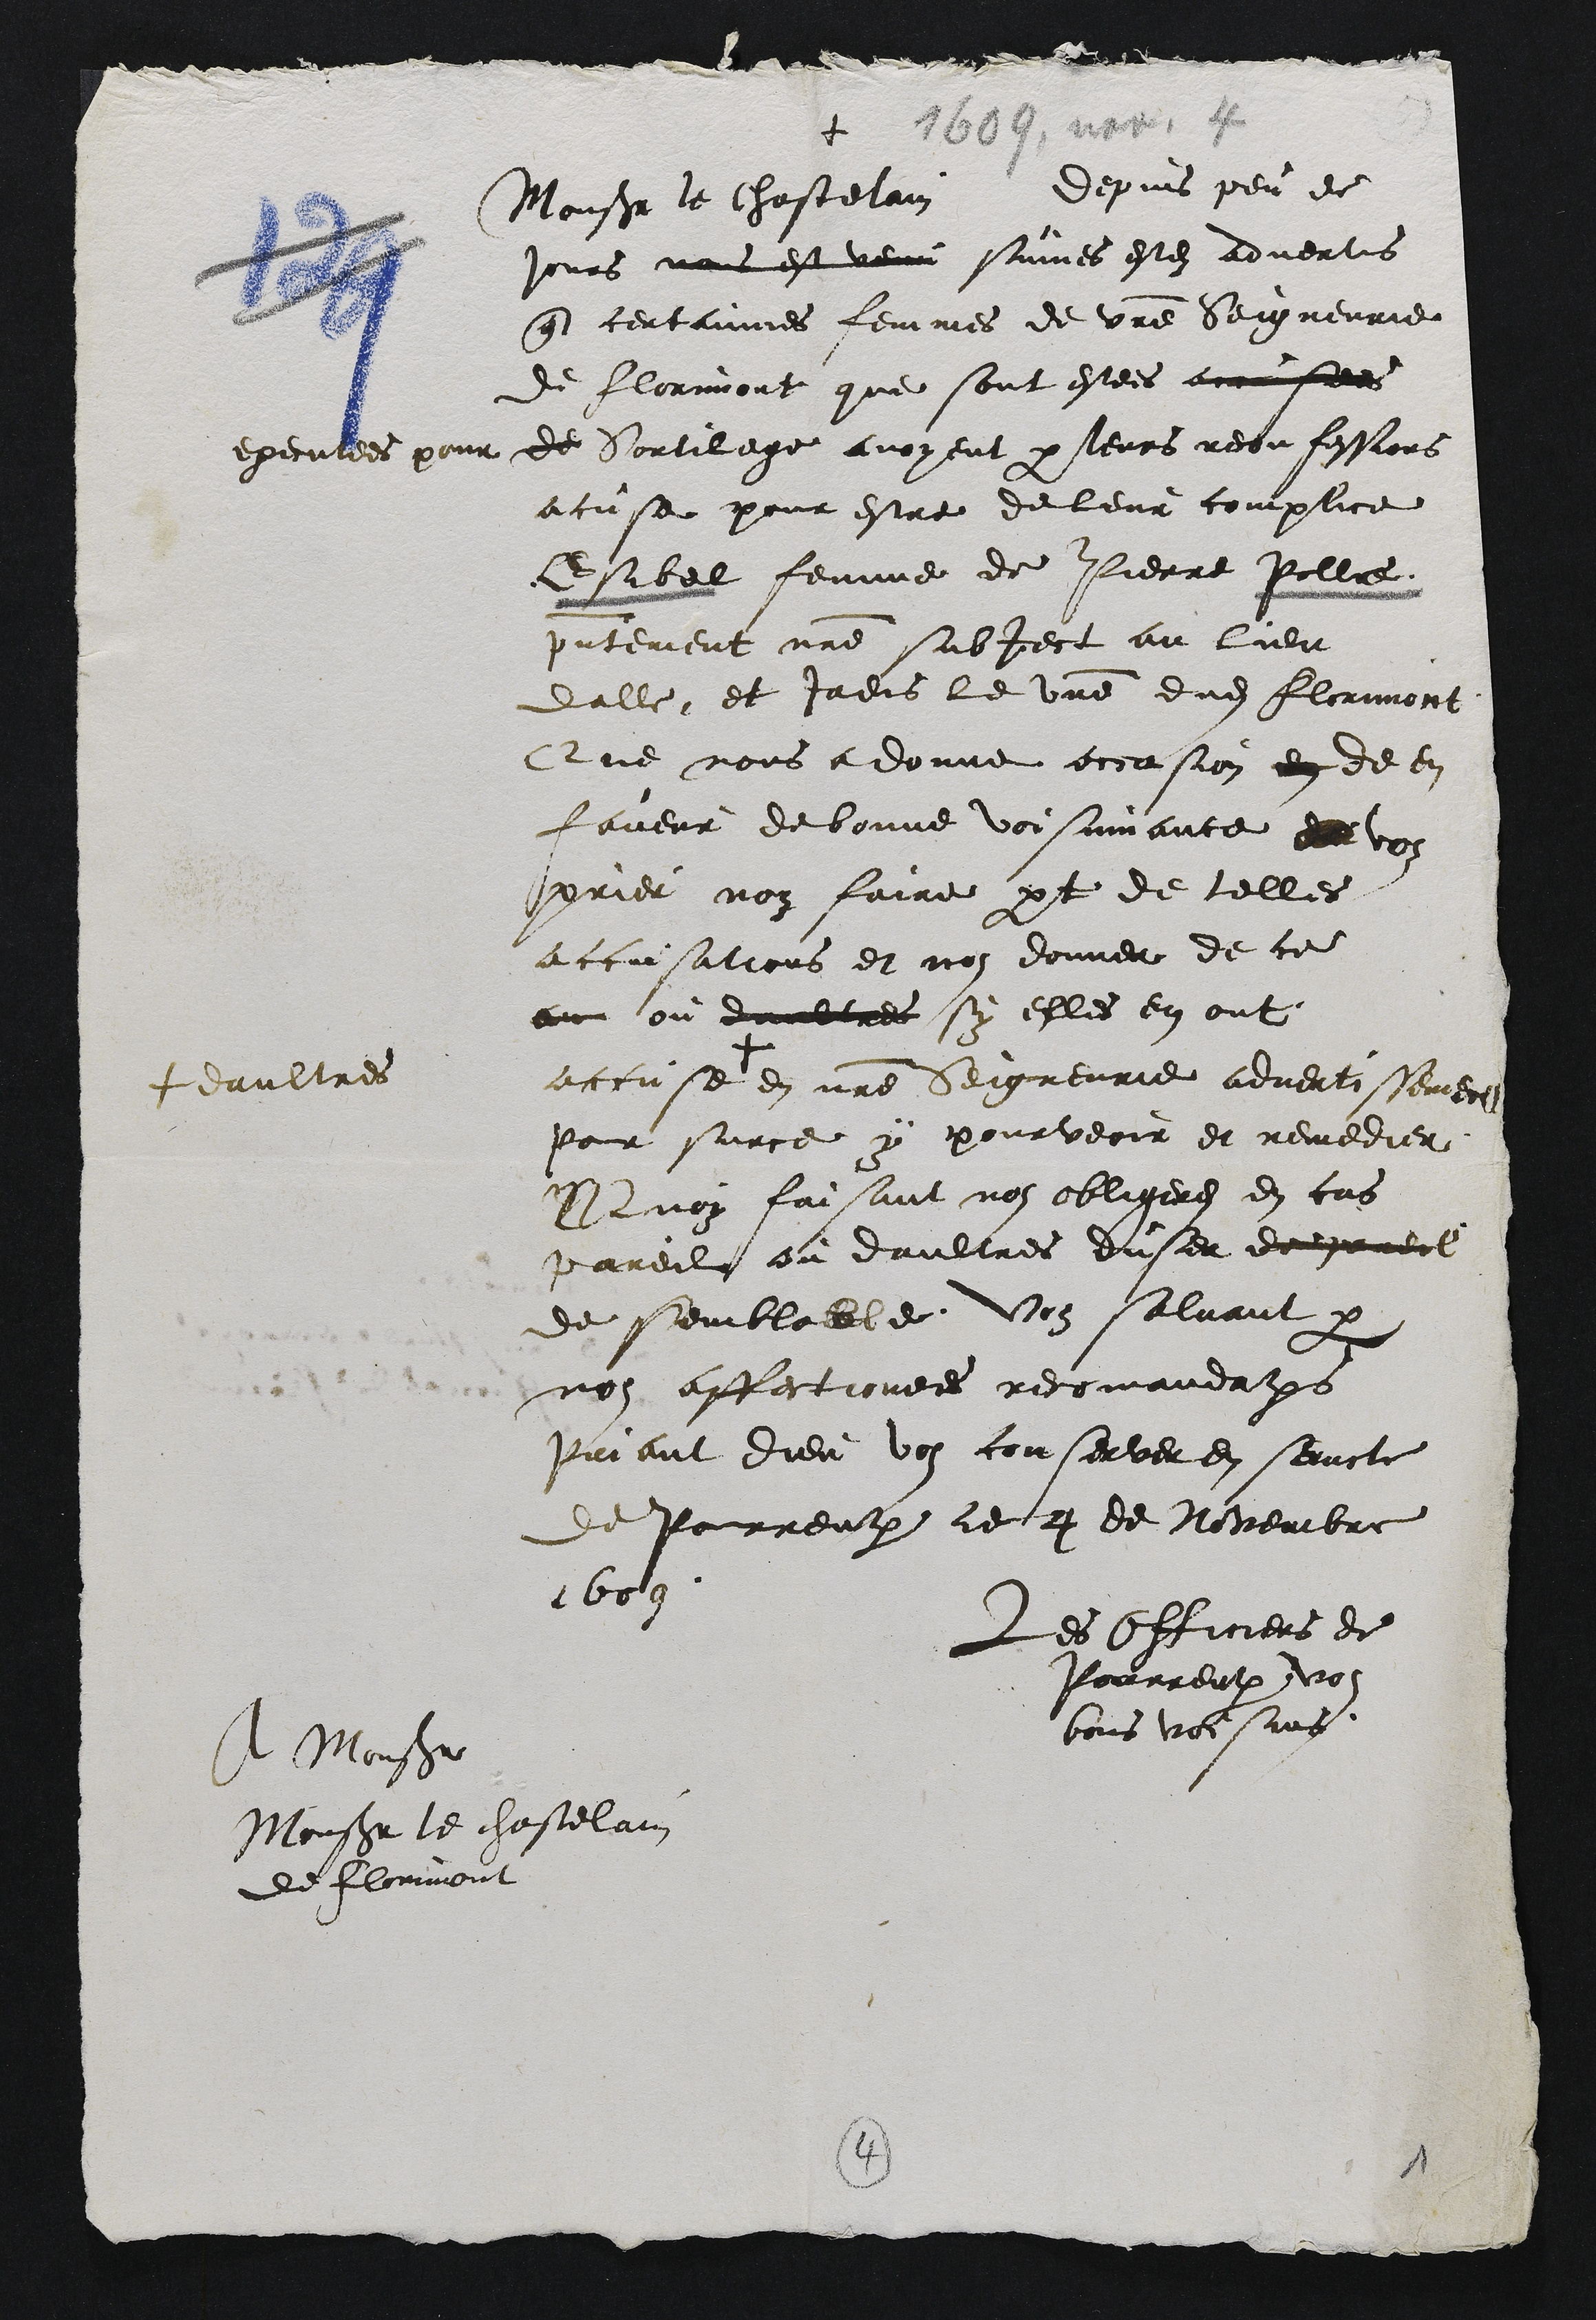
+
1669, nov. 4

Monsieur le chastelain depuis peu de
jours nous est venu suines estes advertis
que certainnes femmes de votre Seigneurie
de florimont que sont estees accusees
executees pour de Sortilege avoyent par leurs reconfessions
acuse pour estre de leur complice
Esibel femme de Pierre Pollet,
presentement notre subject au lieu
dalle, et jadis le votre dudit florimont.
Que nous a donne occasion en de en
faveur de bonne voisinnance et vous
prier nous faire part de telles
accusations et nous donner de ce
au ou daultres sy elles en ont
accuse +
+ daultres
en notre Seigneurie advertissement
Pour surce y pourveoir et remedier
Quoy faisant nous obligeres en cas
pareil ou daultres duser de pareil
de semblable, vous saluant par
nos affectionees recomandations
Priant dieu vous conserver en sancte
de Pourrentruy ce 4 de Novembre
1609.

Les Officiers de
Pourrentruy vos
bons voisins

A Monsieur
Monsieur le chastelain
de florimont

4
1